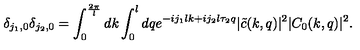
\delta _ { j _ { 1 } , 0 } \delta _ { j _ { 2 } , 0 } = \int _ { 0 } ^ { \frac { 2 \pi } { l } } d k \int _ { 0 } ^ { l } d q e ^ { - i j _ { 1 } l k + i j _ { 2 } l \tau _ { 2 } q } | \tilde { c } ( k , q ) | ^ { 2 } | C _ { 0 } ( k , q ) | ^ { 2 } .